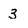
Character: 3